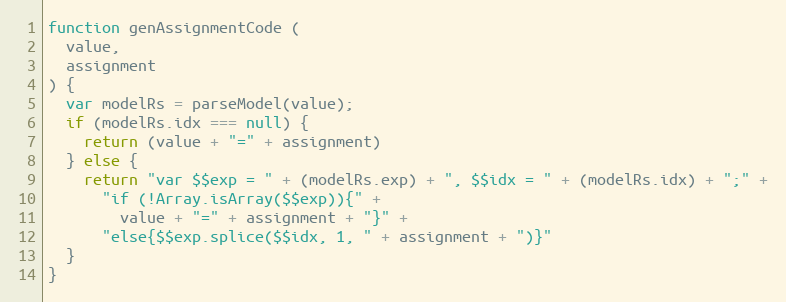
Language: JavaScript
function genAssignmentCode (
  value,
  assignment
) {
  var modelRs = parseModel(value);
  if (modelRs.idx === null) {
    return (value + "=" + assignment)
  } else {
    return "var $$exp = " + (modelRs.exp) + ", $$idx = " + (modelRs.idx) + ";" +
      "if (!Array.isArray($$exp)){" +
        value + "=" + assignment + "}" +
      "else{$$exp.splice($$idx, 1, " + assignment + ")}"
  }
}